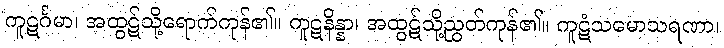
ကူဋင်္ဂမာ၊ အထွဋ်သို့ရောက်ကုန်၏။ ကူဋနိန္နာ၊ အထွဋ်သို့ညွတ်ကုန်၏။ ကူဋံသမောသရဏာ၊